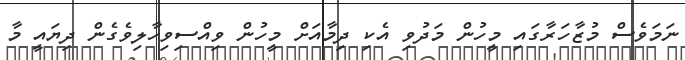
ނަމަވެސް މުޒާހަރާގައި މީހުން މަދުވި އެކި ދިމާއަށް މީހުން ވިއްސިވިހާލިވެގެން ދިޔައީ މާ